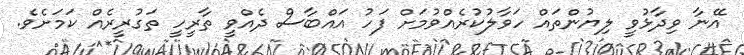
އޭނާ ވިދާޅުވީ ލިޔުންތައް ހަވާލުކުރެއްވުމަށް ފަހު އައްބާސް ދެއްވީ ތާރީހީ ތަގުރީރެއް ކަމަށެވެ.